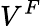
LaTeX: V^{F}